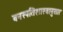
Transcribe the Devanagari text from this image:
वनस्पतिशास्त्रानुसार